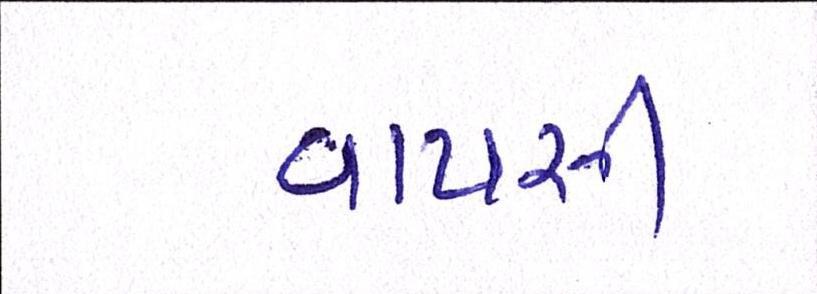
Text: વાપસી